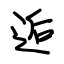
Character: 逅